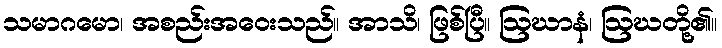
သမာဂမော၊ အစည်းအဝေးသည်။ အာသိ၊ ဖြစ်ပြီ။ ဩဃာနံ၊ ဩဃတို့၏။